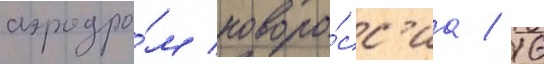
аэродро́м новоро́сс'иа / 16